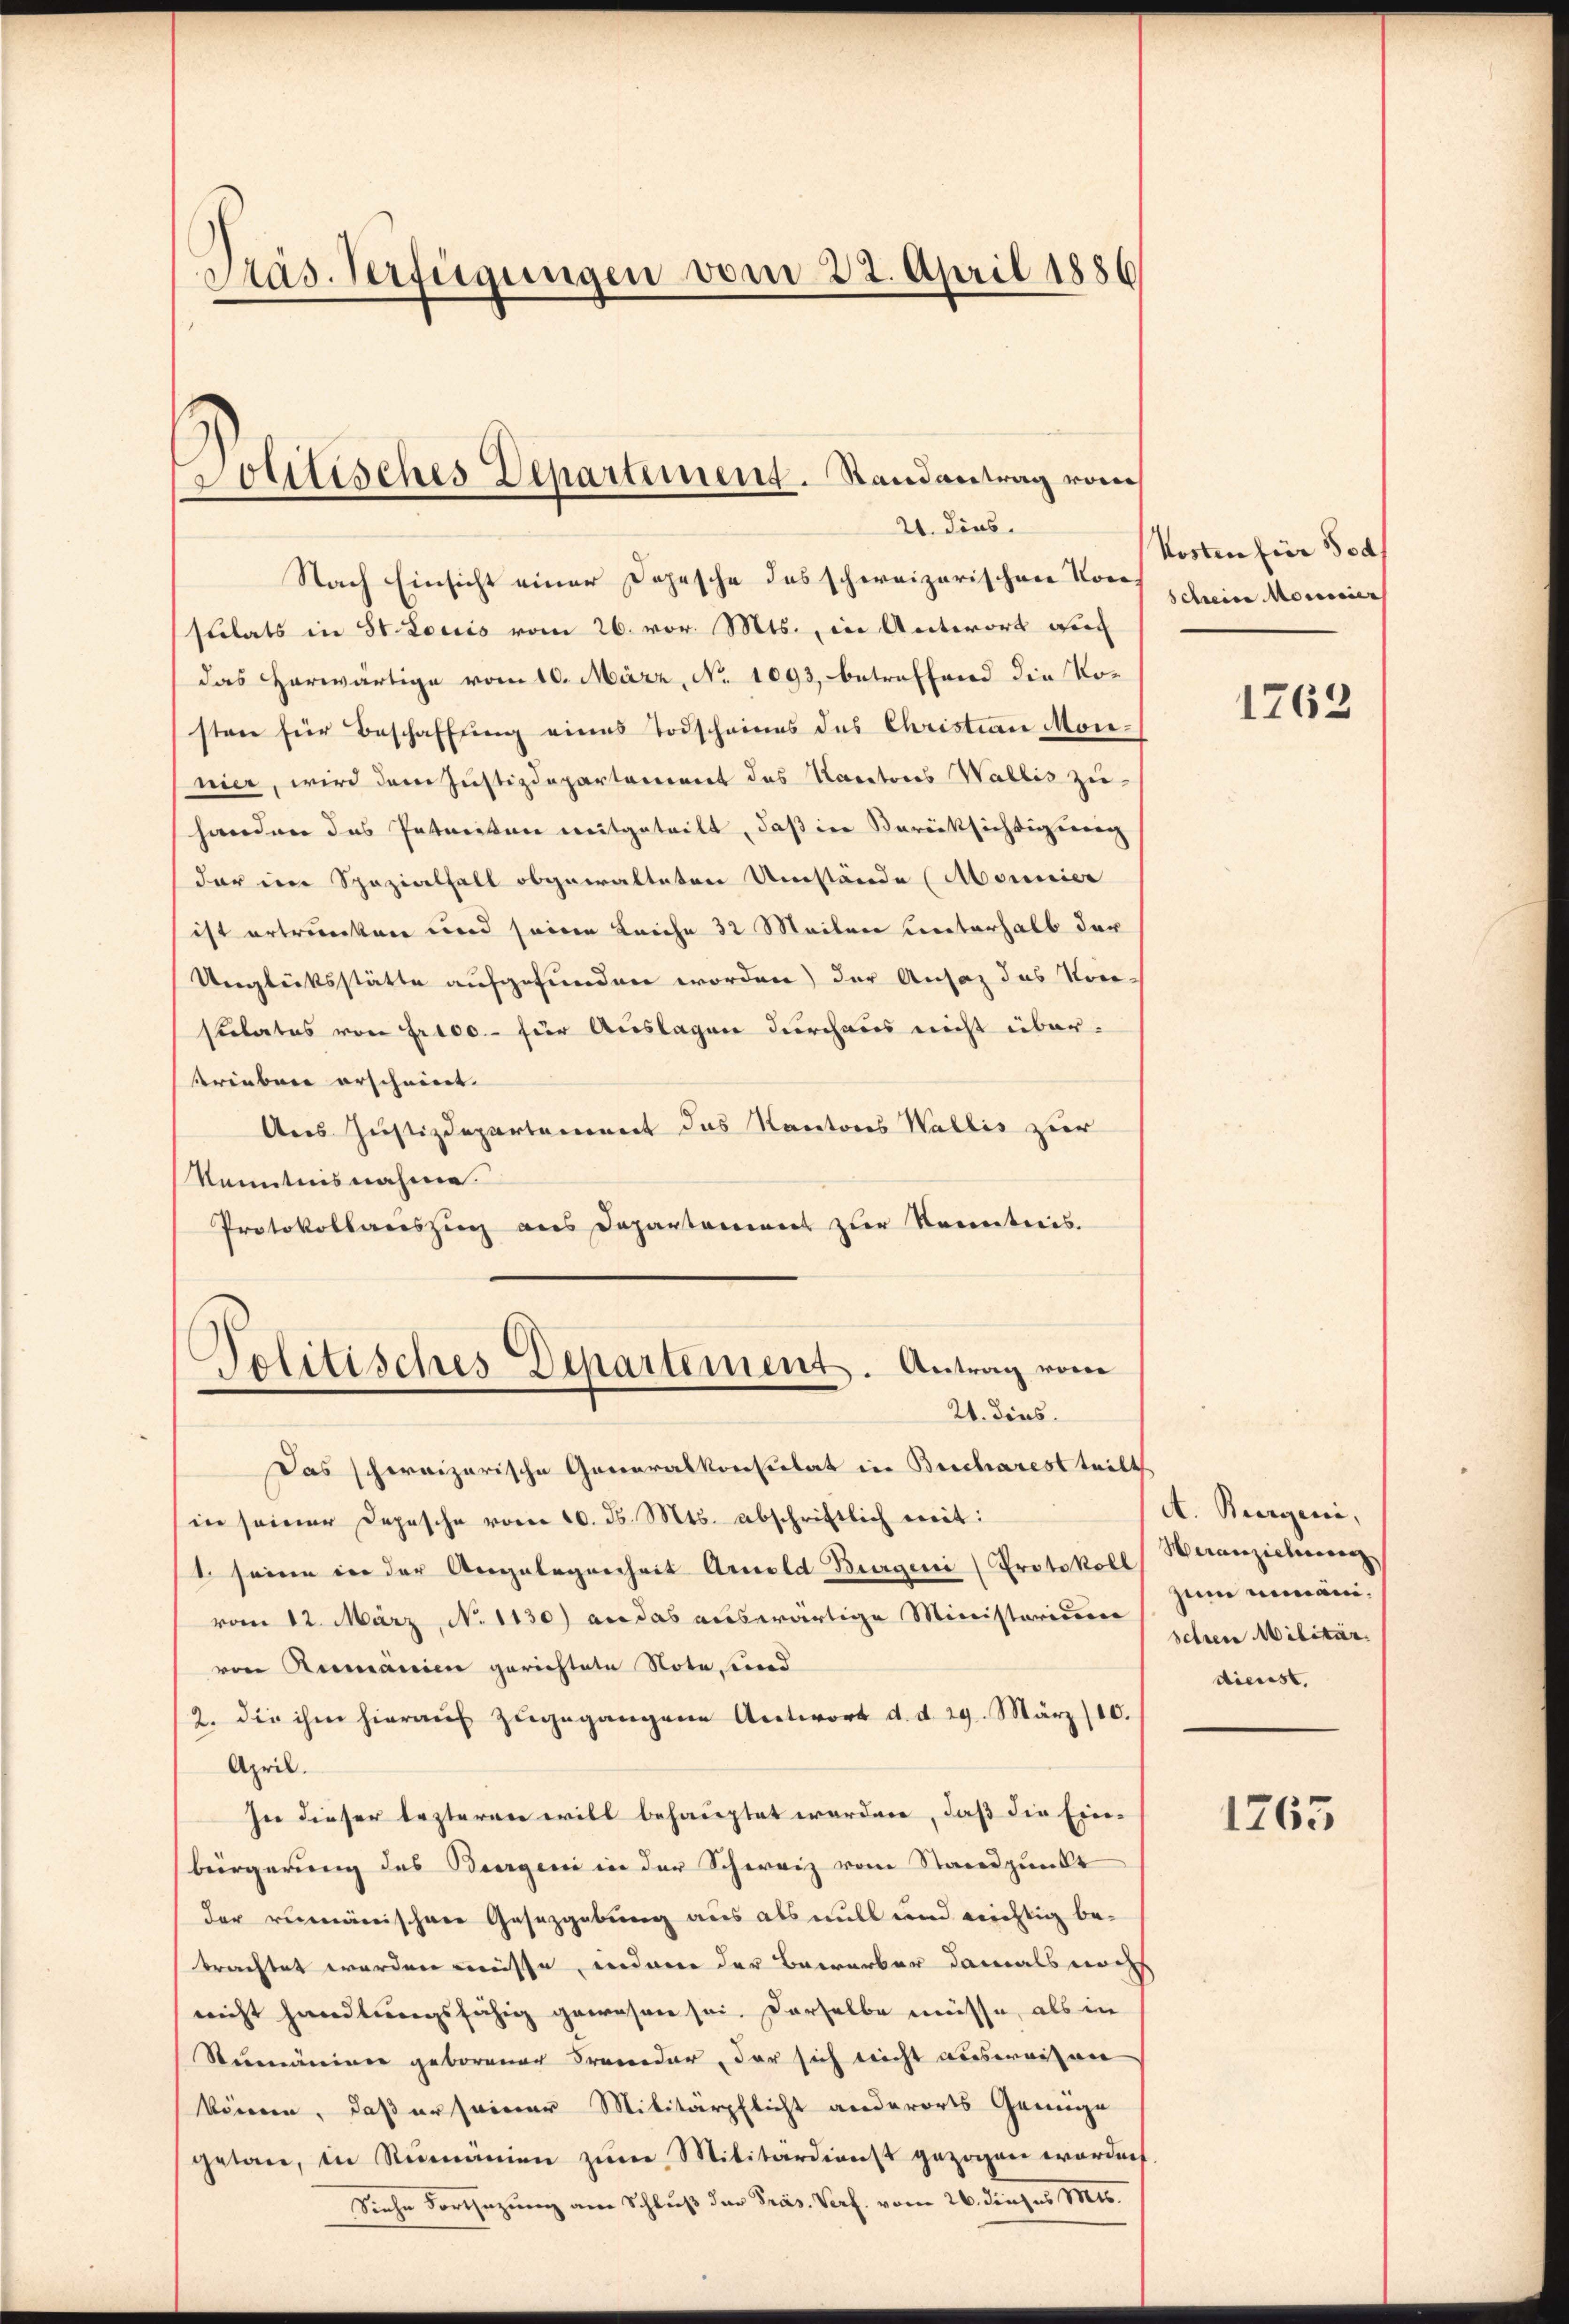
Pras. Verfügungen vom 22. April 1886

Solitisches Departement. Randantrag vom
21. dies

Nach Einsicht einer Depesche das schweizerischen Vorsulats in St. Louis vom 26. vor. Mts. in Antwort auc
das Horwärtige vom 10. März, No 1093, betreffend die Vor
sten für Beschaffung eines Todscheines des Christian Monnier, wird dem Justizdepartement des Kantons Wallis zu-
handen das Pateriten mitgeteilt, daß in Berücksichtigung
dar im Spezialfall abgewalteten Umstände (Monnier
ist ertrunken und seine Leiche 32 Meilen unterhalb der
Unglücksstätte aufgefunden worden) der Ansaz das Vorstulates von Frico - für Auslagen durchaus nicht übertrieben erscheint.
Ans Justizdepartement das Kantons Wallis zur
Kenntnisnahme.
Protokollauszug aus Departement zur Kenntnis.
Politisches Departement. Antrag vom
21. dies.
Das schweizerische Generalkonsulat in Bucharest teilt
in seiner Depesche vom 10. d. Mts. abschriftlich mit:
1 seine in der Angelegenheit Arnold Burgen (Protokoll Weranziehung
vom 12. März, No 1130) an das auswärtige Ministerium
von Rumänien gerichtete Note, und
2. die ihm hierauf zugegangene Antwort d. d. 29. März/10.
April.
In dieser lezteren will behauptet worden, daß die Ein-
bürgerung des Beergen in der Schweiz vom Standpunkt
der reumänischen Gesetzgebung aus als will und richtig bebrachtet worden müsse, inderen der Bewerber damals noch
nicht handlungsfähig gewesen sei. Derselbe müsse, als in
Sumäniner geborener Proceder, der sich nicht ausweisen
könne, daß er seiner Militärpflicht anderorts Genüge
getan, in Rumänien zum Militärdienst gezogen worden
Siehe Vorsezung am Schluß der Präs. Verf. vom 26. Junius M16.

Kosten für 500
Scheine Moricier

1763

A. Bergeni,
zum Bemänischren Militär
diesest.

1765